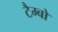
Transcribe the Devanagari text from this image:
टैम्बो